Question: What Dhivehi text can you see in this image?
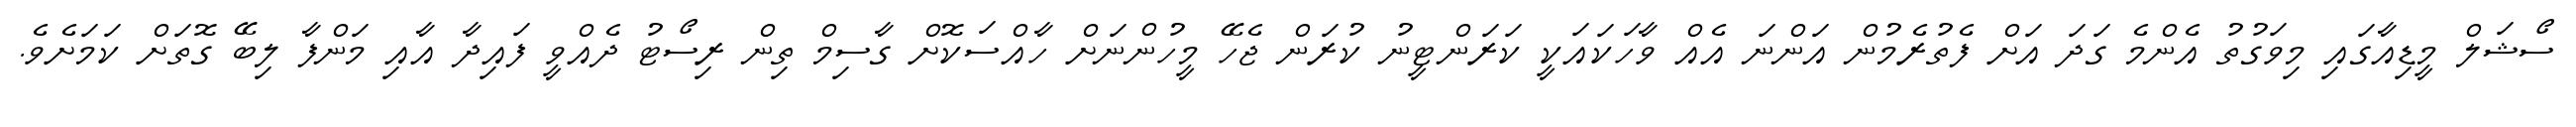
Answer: ސޯޝަލް މީޑިއާގައި މިވަގުތު އެންމެ ގަދަ އަށް ފެތުރެމުން އަންނަ އެއް ވާހަކައަކީ ކަރަންޓީނު ކުރަން ޖެހޭ މީހުންނަށް ހާއްސަކޮށް ގާސިމް ތިން ރިސޯޓު ދެއްވީ ފައިދާ އާއި މަންފާ ލިބޭ ގޮތަށް ކަމަށެވެ.